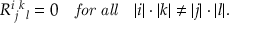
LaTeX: R ^ { i } { } _ { j } { } ^ { k } { } _ { l } = 0 \quad { \it f o r \ a l l } \quad | i | \cdot | k | \ne | j | \cdot | l | .